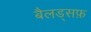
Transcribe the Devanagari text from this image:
बैलड्सफ़